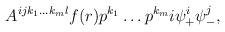
LaTeX: \begin{align*}A^{ijk_{1}\dots k_{m}l}f(r)p^{k_{1}}\dots p^{k_{m}}i\psi_{+}^{i}\psi_{-}^{j},\end{align*}